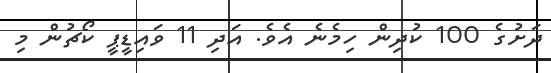
ދަށުގެ 100 ކުދިން ހިމެނެ އެވެ. އަދި 11 ވައިޑީޕީ ކޯޗުން މި